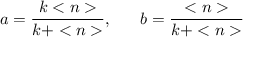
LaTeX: a = \frac { k < n > } { k + < n > } , \ \ \ \ \ b = \frac { < n > } { k + < n > }